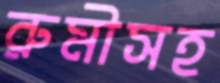
রুমীসহ